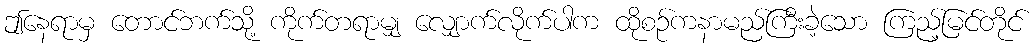
ဤနေရာမှ တောင်ဘက်သို့ ကိုက်တရာမျှ လျှောက်လိုက်ပါက ထိုစဉ်ကနာမည်ကြီးခဲ့သော ကြည့်မြင်တိုင်